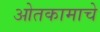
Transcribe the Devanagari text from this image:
ओतकामाचे